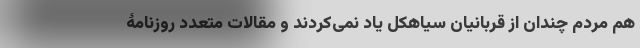
هم مردم چندان از قربانیان سیاهکل یاد نمی‌کردند و مقالات متعدد روزنامۀ